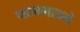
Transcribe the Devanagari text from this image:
नाममात्रमे